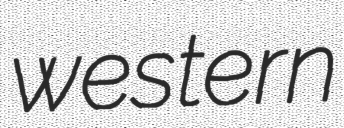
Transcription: western